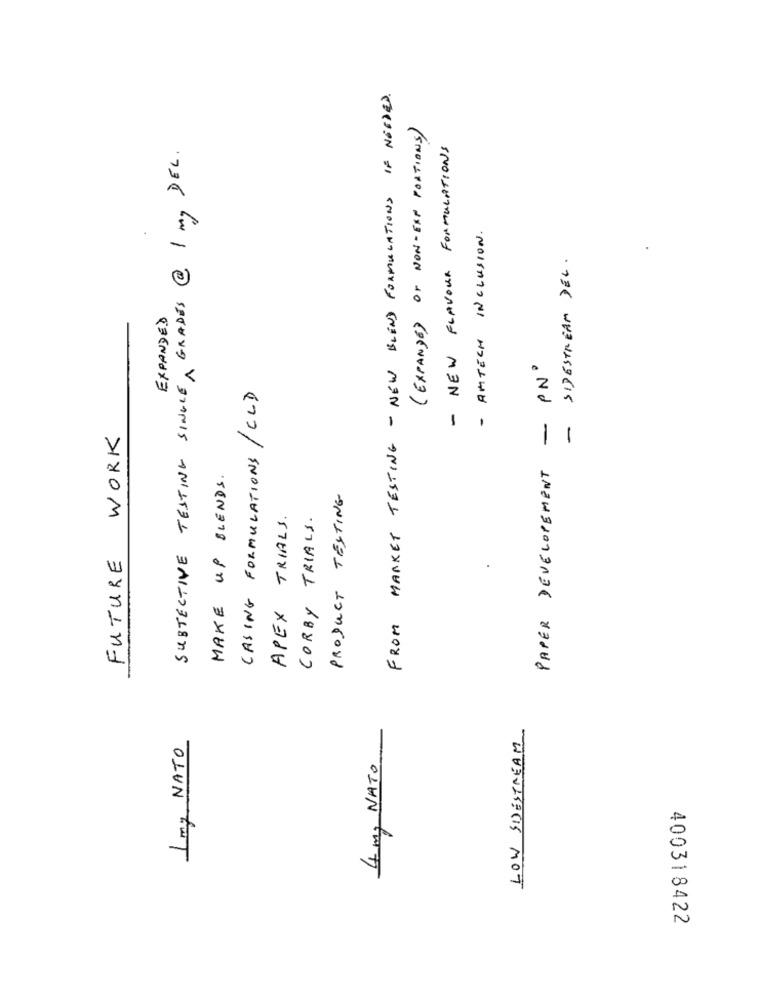
FROM MARKET TESTING - NEW BLEND FORMULATIONS IF NEEDED.
( EXPANDE) Or NON-EXP PORTIONS)
- NEW FLAVOUR FORMULATIONS
SUBJECTIVE TESTING SINGLE, GRADES @ 1 mg DEL.
- AMTECH INCLUSION.
SIDESTREAM DEL.
EXPANDED
- PNº
CASING FORMULATIONS / CLD
-
FUTURE WORK
PAPER DEVELOPEMENT
MAKE UP BLENDS.
PRODUCT TESTING
APEX TRIALS.
CORBY TRIALS.
.
LOW SIDESTREAM
1 mg NATO
4 mg NATO
400318422